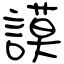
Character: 謨